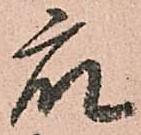
衆